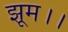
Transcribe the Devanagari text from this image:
झूम।।